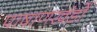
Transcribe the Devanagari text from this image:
पाषाणखंडों